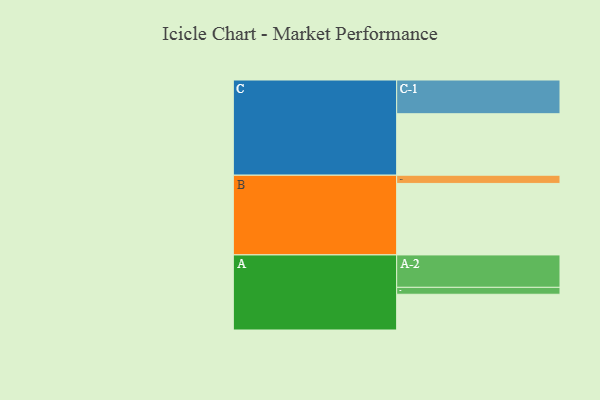
{"axis": {"x": "Segment", "y": "Value"}, "legend": ["", "A", "B", "C"], "data": [{"x": "A", "y": 300, "type": ""}, {"x": "B", "y": 600, "type": ""}, {"x": "C", "y": 516, "type": ""}, {"x": "A-1", "y": 58, "type": "A"}, {"x": "A-2", "y": 272, "type": "A"}, {"x": "B-1", "y": 69, "type": "B"}, {"x": "C-1", "y": 283, "type": "C"}]}